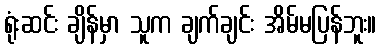
ရုံးဆင်း ချိန်မှာ သူက ချက်ချင်း အိမ်မပြန်ဘူး။